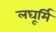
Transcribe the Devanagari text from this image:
लघूर्मि